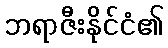
ဘရာဇီးနိုင်ငံ၏